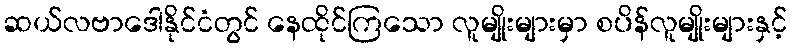
ဆယ်လဗာဒေါနိုင်ငံတွင် နေထိုင်ကြသော လူမျိုးများမှာ စပိန်လူမျိုးများနှင့်